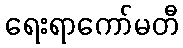
ရေးရာကော်မတီ